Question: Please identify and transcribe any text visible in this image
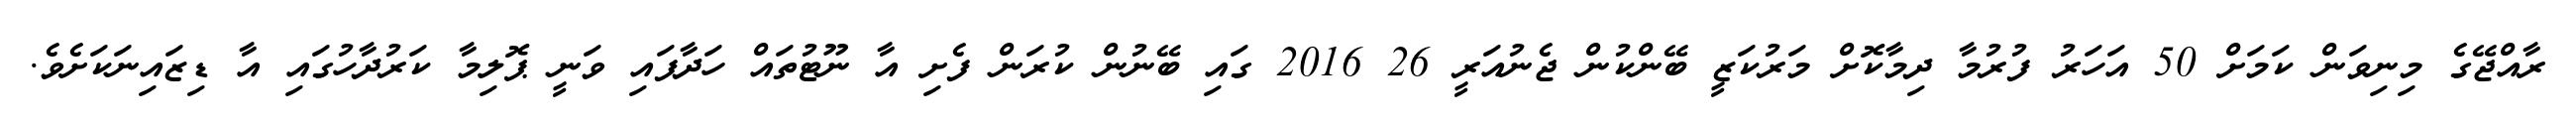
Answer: ރާއްޖޭގެ މިނިވަން ކަމަށް 50 އަހަރު ފުރުމާ ދިމާކޮށް މަރުކަޒީ ބޭންކުން ޖެނުއަރީ 26 2016 ގައި ބޭނުން ކުރަން ފެށި އާ ނޫޓުތައް ހަދާފައި ވަނީ ޕޮލިމާ ކަރުދާހުގައި އާ ޑިޒައިނަކަށެވެ.